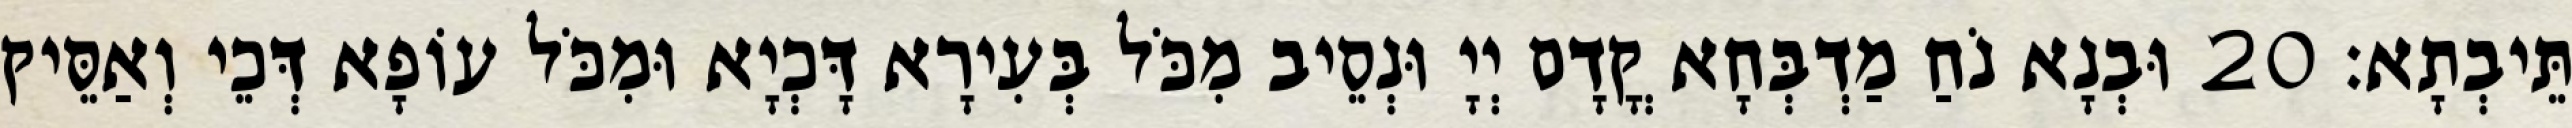
תֵּיבְתָא׃ 20 וּבְנָא נֹחַ מַדְבְּחָא קֳדָם יְיָ וּנְסֵיב מִכֹּל בְּעִירָא דָּכְיָא וּמִכֹּל עוֹפָא דְּכֵי וְאַסֵּיק